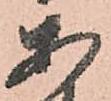
あ